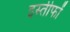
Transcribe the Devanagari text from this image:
इस्तीफों